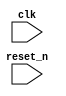
module top
       (
           clk,
           reset_n
       );
// IO
input clk;
input reset_n;

// LOGIC

always @(posedge clk or negedge reset_n)
begin
    if(!reset_n) begin
        // DO SOME RESET STUFF
    end else
    begin
        // DO SOME OTHER STUFF
    end
end

endmodule